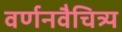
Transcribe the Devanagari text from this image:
वर्णनवैचित्र्य